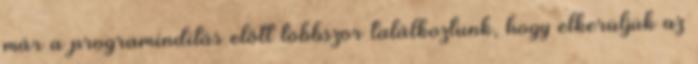
már a programindítás előtt többször találkoztunk, hogy elkerüljük az